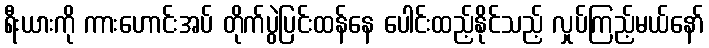
ရီးယားကို ကားဟောင်းအပ် တိုက်ပွဲပြင်းထန်နေ ပေါင်းထည့်နိုင်သည့် လှုပ်ကြည့်မယ်နော်